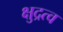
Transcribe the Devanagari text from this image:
क्षुद्रत्व